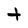
Character: t